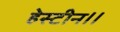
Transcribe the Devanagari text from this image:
हेस्टीन।।